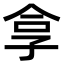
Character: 𪦻